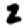
Digit: 2